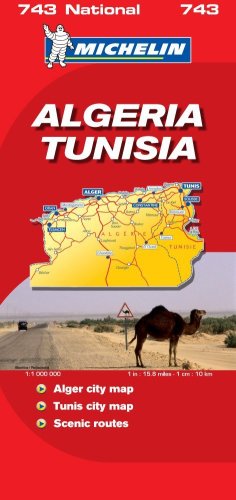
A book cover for Algeria-Tunisia 2007 (Michelin National Maps); Travel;